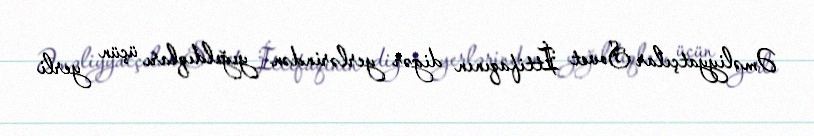
Əməliyyatçılar Sovet İttifaqının digər yerlərindən yığıldıqları üçün yerli